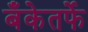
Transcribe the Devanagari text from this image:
बँकेतर्फे